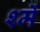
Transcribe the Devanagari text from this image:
श्में